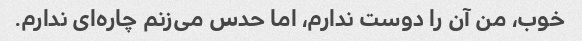
خوب، من آن را دوست ندارم، اما حدس می‌زنم چاره‌ای ندارم.